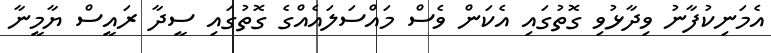
އެމަނިކުފާނު ވިދާޅުވި ގޮތުގައި އެކަން ވެސް މައްސަލައެއްގެ ގޮތުގައި ސީދާ ރައީސް ޔާމީނާ